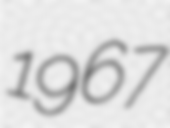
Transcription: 1967